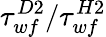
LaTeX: \tau_{wf}^{D2}/\tau_{wf}^{H2}